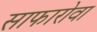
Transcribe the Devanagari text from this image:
साफारोवा